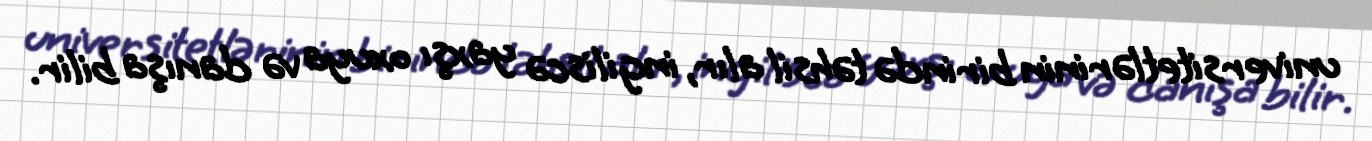
universitetlərinin birində təhsil alır, ingiliscə yaxşı oxuya və danışa bilir.